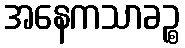
အနေကသာခဉ္စ